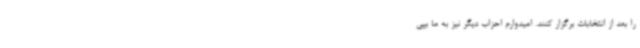
را بعد از انتخابات برگزار کنند. امیدوارم احزاب دیگر نیز به ما بپی